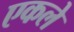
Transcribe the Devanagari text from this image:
एकले